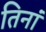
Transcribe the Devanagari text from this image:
तिनां